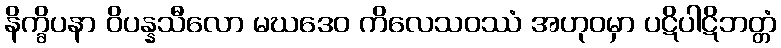
နိက္ခိပနာ ဝိပန္နသီလော မဃဒေဝ ကိလေသဝဿံ အဟုဝမှာ ပဋိပါဋိဘတ္တံ